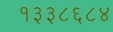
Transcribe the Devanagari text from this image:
१३३८६८४